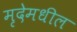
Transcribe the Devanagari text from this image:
मृदेमधील